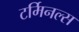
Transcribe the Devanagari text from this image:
टर्मिनल्‍स